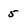
Character: 5